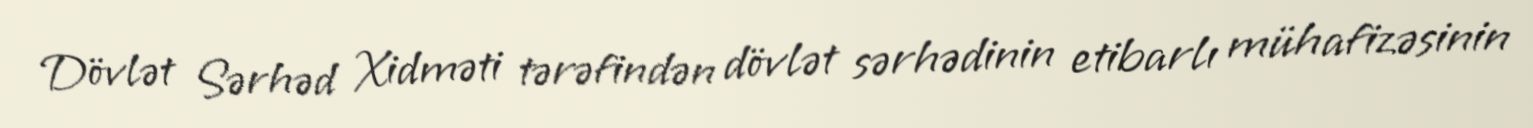
Dövlət Sərhəd Xidməti tərəfin­dən dövlət sərhədinin etibarlı mühafizəsinin